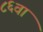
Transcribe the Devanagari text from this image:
८६वा